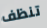
تنظف